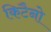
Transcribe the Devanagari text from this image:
किटैनो